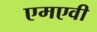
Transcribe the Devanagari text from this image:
एमएवी